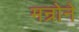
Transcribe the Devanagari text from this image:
मन्रोने